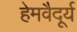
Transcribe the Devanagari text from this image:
हेमवैदूर्य